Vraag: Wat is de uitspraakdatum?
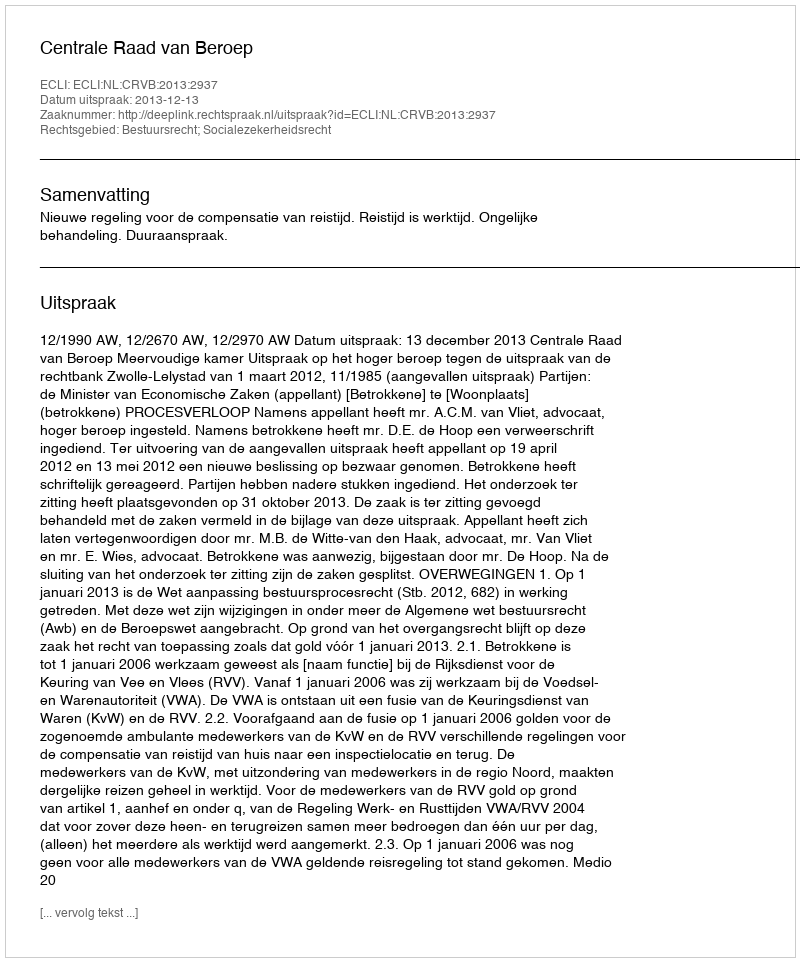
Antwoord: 2013-12-13